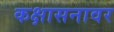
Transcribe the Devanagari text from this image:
कक्षासनावर